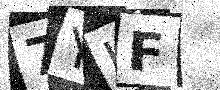
Text: 7YLF